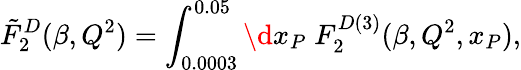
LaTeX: \tilde{F}_{2}^{D}(\beta,Q^{2})=\int_{0.0003}^{0.05}\d x_{P}\; F_{2}^{D(3)}(\beta,Q^{2},x_{P}),